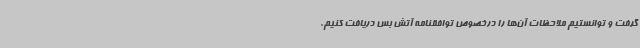
گرفت و توانستیم ملاحظات آن‌ها را درخصوص توافقنامه آتش بس دریافت کنیم.